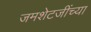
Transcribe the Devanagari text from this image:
जमशेटजींच्या